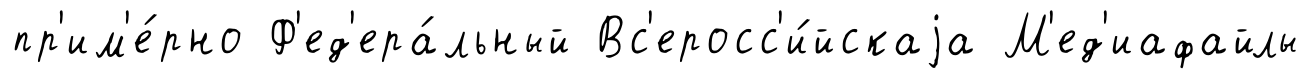
пр'им'е́рно Ф'ед'ера́льный Вс'еросс'и́йскаjа М'ед'иафайлы